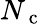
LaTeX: N_{\mathrm{~c~}}